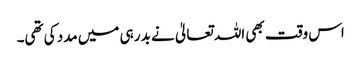
اس وقت بھی اللہ تعالیٰ نے بدر ہی میں مدد کی تھی۔